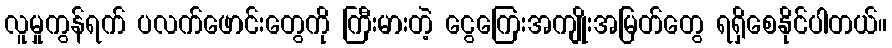
လူမှုကွန်ရက် ပလက်ဖောင်းတွေကို ကြီးမားတဲ့ ငွေကြေးအကျိုးအမြတ်တွေ ရရှိစေနိုင်ပါတယ်။